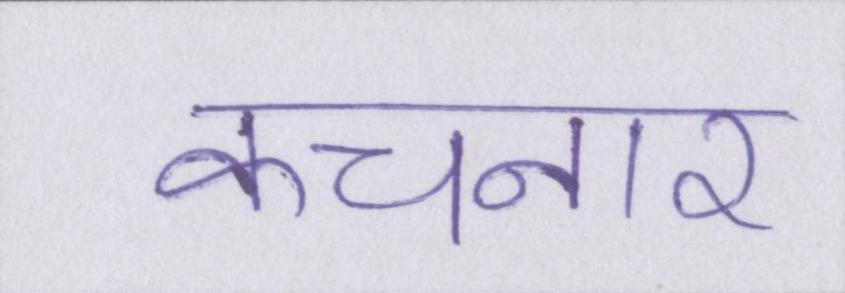
कचनार